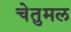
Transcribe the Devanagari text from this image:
चेतुमल